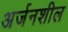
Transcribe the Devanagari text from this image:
अर्जनशील